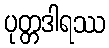
ပုတ္တဒါရဿ